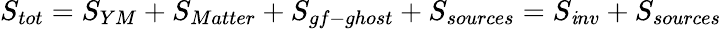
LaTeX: S_{tot}=S_{YM}+S_{Matter}+S_{gf-ghost}+S_{sources}=S_{\mathit{i}nv}+S_{sources}